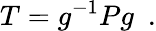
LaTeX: T=g^{-1}Pg\ \ .